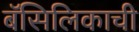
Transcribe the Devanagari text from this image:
बॅसिलिकाची